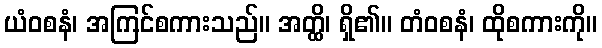
ယံဝစနံ၊ အကြင်စကားသည်။ အတ္ထိ၊ ရှိ၏။ တံဝစနံ၊ ထိုစကားကို။